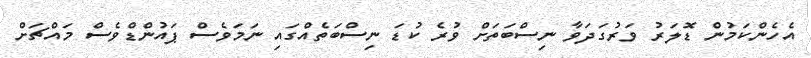
އެހެންކަމުން ޑޮލަރު ވަރުގަދަވާ ނިސްބަތަށް ވުރެ ކުޑަ ނިސްބަތެއްގައި ނަމަވެސް ޕައުންޑްވެސް މައްޗަށް